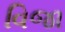
વિજા